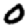
Digit: 0